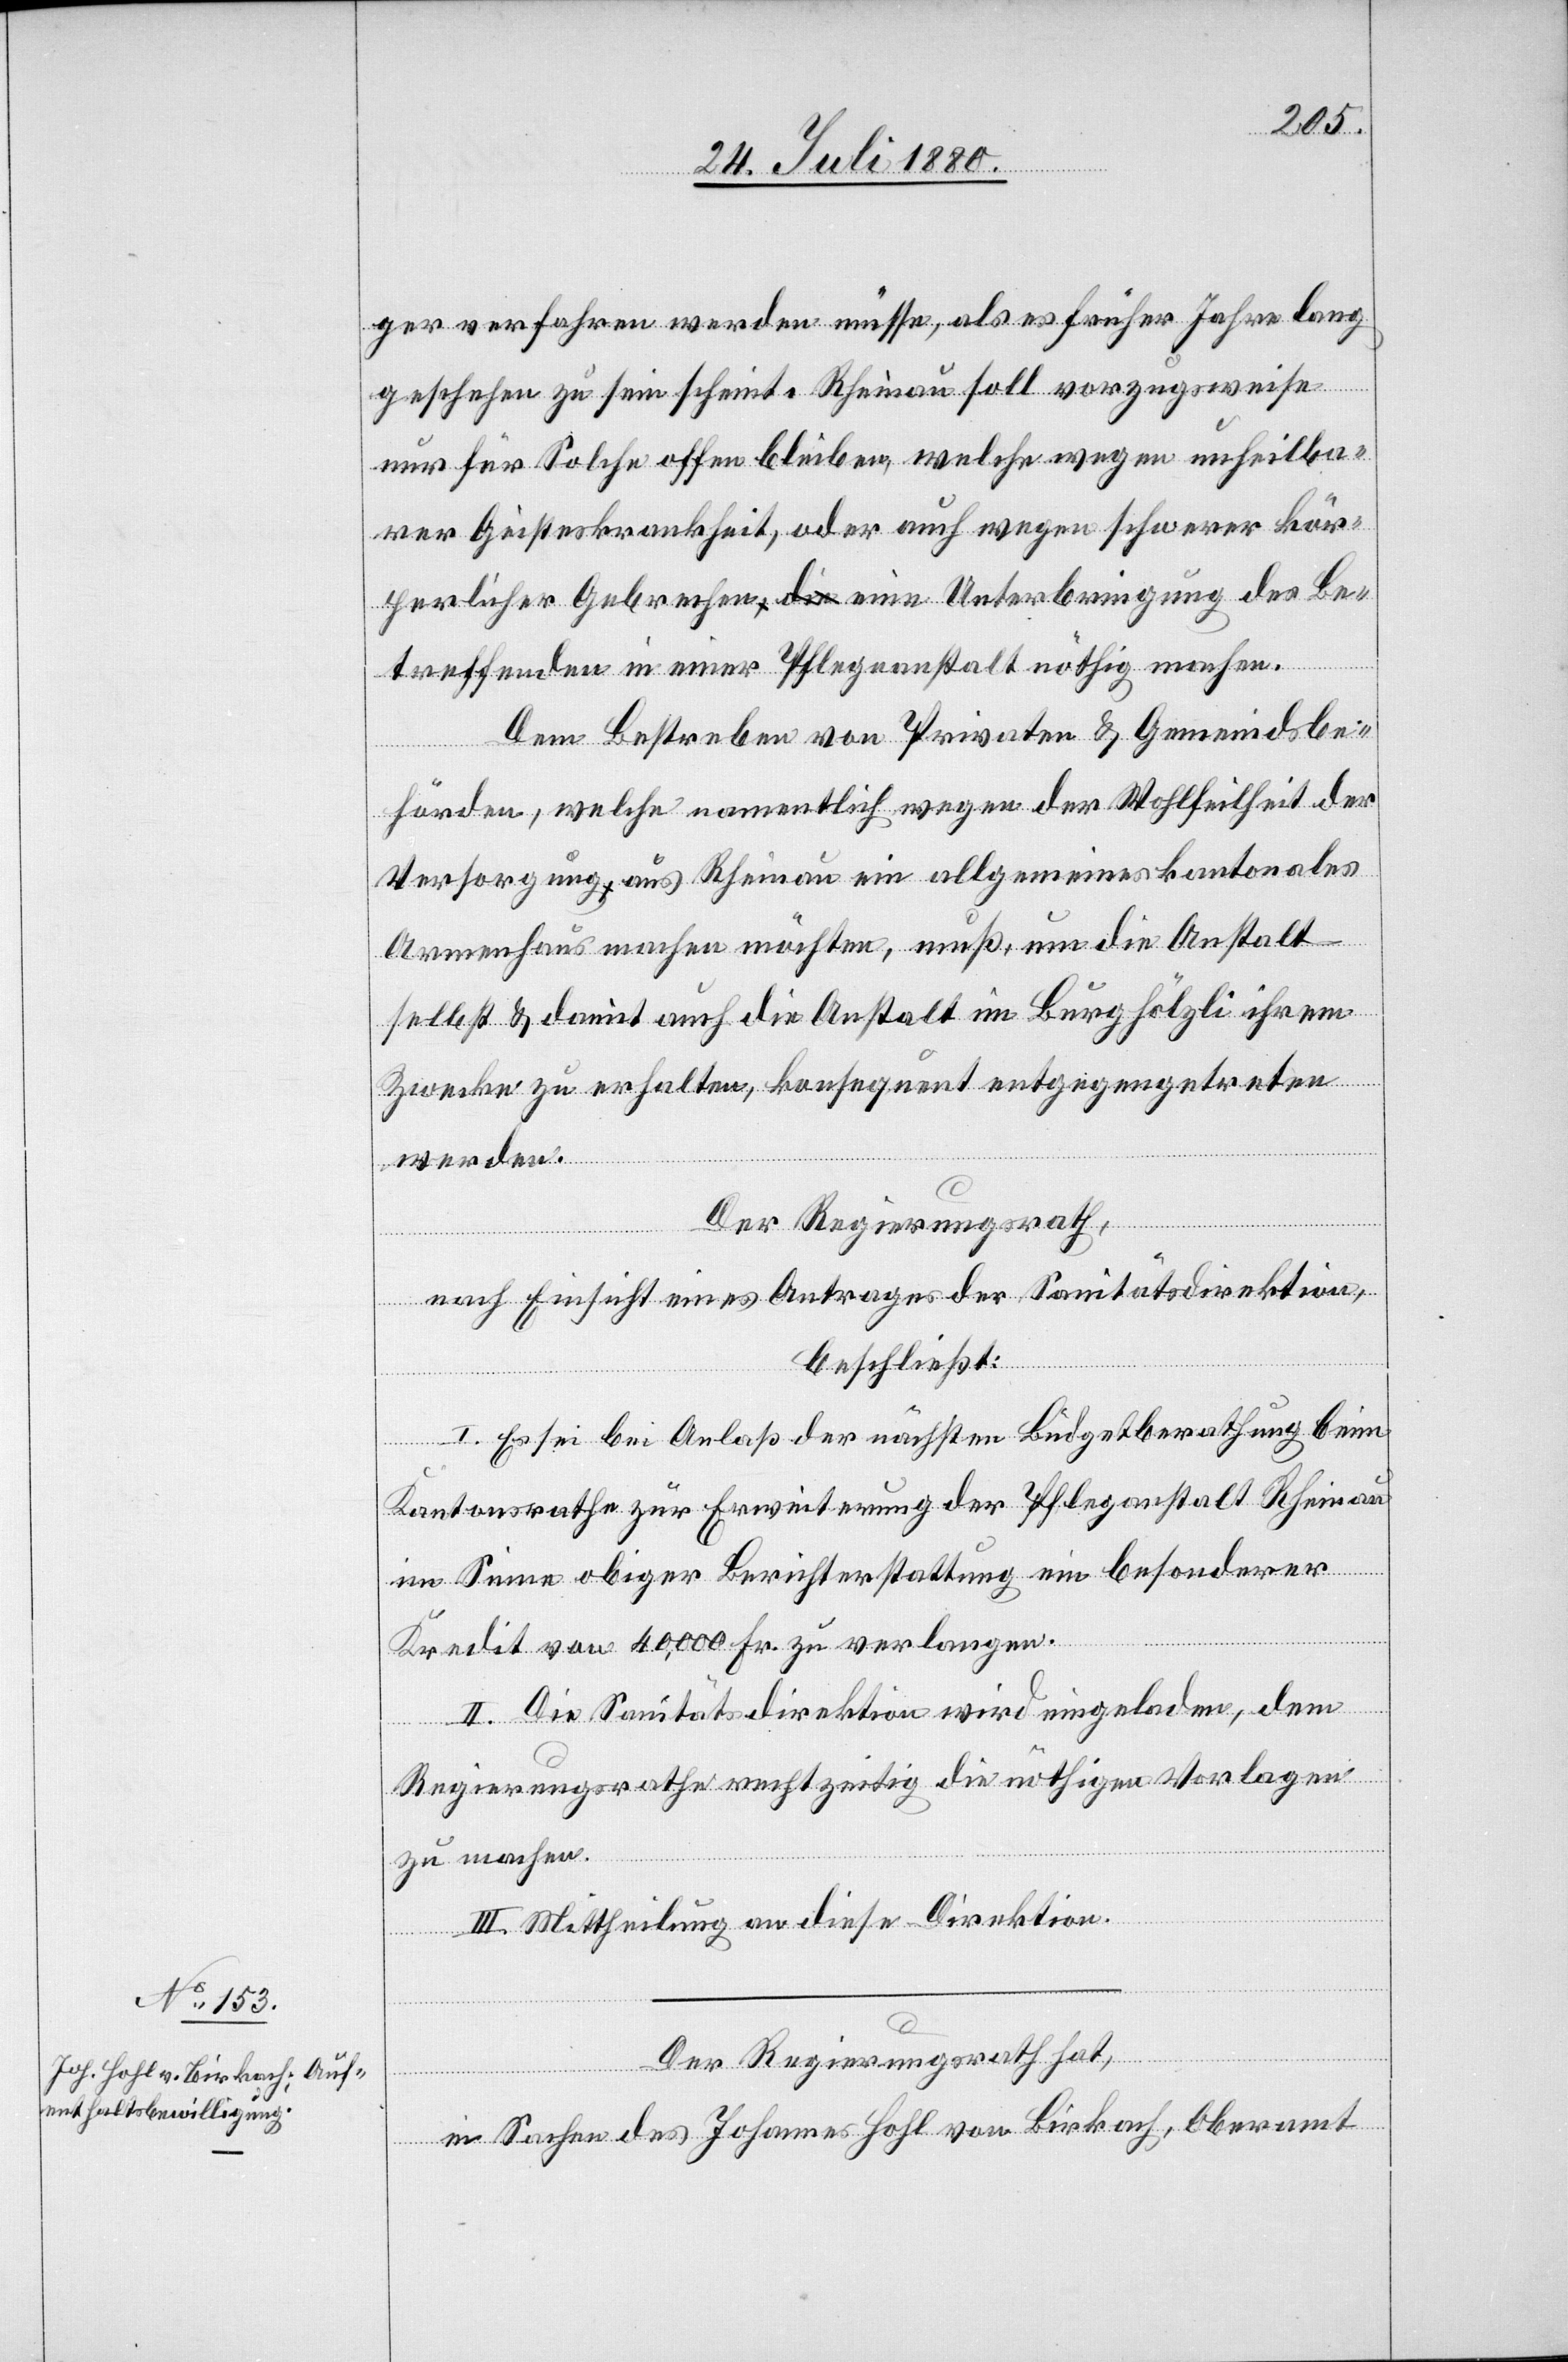
ger verfahren werden müsse, als es früher Jahre lang
geschehen zu sein scheint. Rheinau soll vorzugsweise
nur für Solche offen bleiben, welche wegen unheilba¬
rer Geisteskrankheit, oder auch wegen schwerer kör¬
perlicher Gebrechen eine Unterbringung des Be¬
treffenden in einer Pflegeanstalt nöthig machen.
Dem Bestreben von Privaten & Gemeindsbe¬
hörden, welche namentlich wegen der Wohlfeilheit der
Versorgung aus Rheinau ein allgemeines kantonales
Armenhaus machen möchten, muß um die Anstalt
selbst & damit auch die Anstalt im Burghölzli ihrem
Zwecke zu erhalten, konsequent entgegengetreten
werden.
Der Regierungsrath,
nach Einsicht eines Antrages der Sanitätsdirektion,
beschließt:
I. Es sei bei Anlaß der nächsten Budgetberathung beim
Kantonsrathe zur Erweiterung der Pfleganstalt Rheinau
im Sinne obiger Berichterstattung ein besonderer
Kredit von 40,000 Fr. zu verlangen.
II. Die Sanitätsdirektion wird eingeladen, dem
Regierungsrathe rechtzeitig die nöthigen Vorlagen
zu machen.
III. Mittheilung an die Direktion.
Der Regierungsrath hat,
in Sachen des Johannes Hohl von Birkach, Oberamt